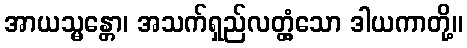
အာယသ္မန္တော၊ အသက်ရှည်လတ္တံ့သော ဒါယကာတို့။